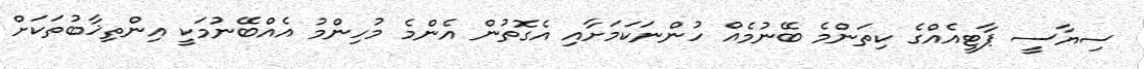
ސިޔާސީ ޕާޓީއެއްގެ ކިތަންމެ ބޭނުމެއް ހުންނަކަމަށާއި އެގޮތުން އެންމެ މުހިންމު އެއްބޭނުމަކީ އިންތިޚާބުތަކަށް